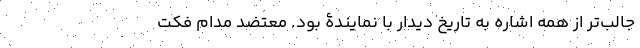
جالب‌تر از همه اشاره به تاریخ دیدار با نمایندۀ بود. معتضد مدام فکت